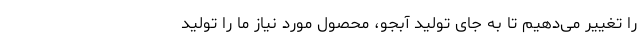
را تغییر می‌دهیم تا به جای تولید آبجو، محصول مورد نیاز ما را تولید